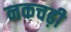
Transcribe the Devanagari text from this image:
नकचढ़ी